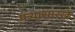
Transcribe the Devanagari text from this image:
मंत्र्यासारखे